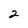
Character: 2